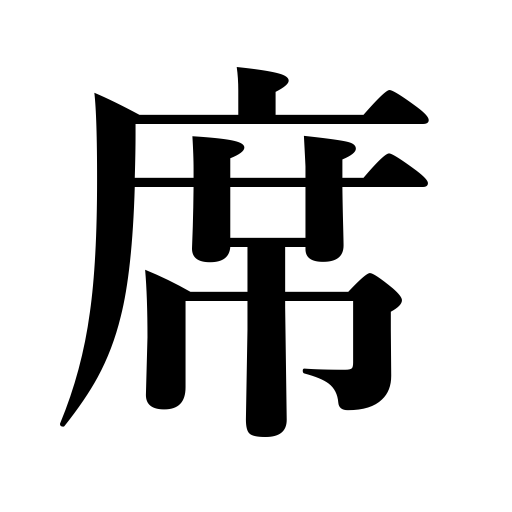
Meanings: seat,mat,room,occasion,a place